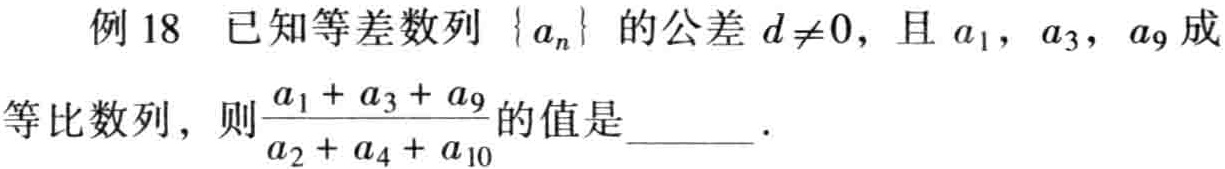
例18 已知等差数列\(\{ a_{n}\}\)的公差\(d\neq0\)，且\(a_{1}\)，\(a_{3}\)，\(a_{9}\)成
等比数列，则\(\frac{a_{1} + a_{3} + a_{9}}{a_{2} + a_{4} + a_{10}}\)的值是  ．